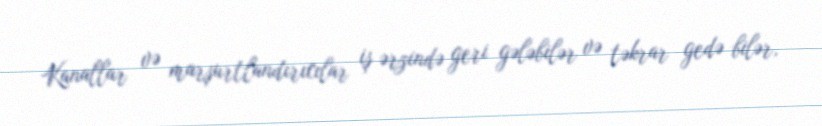
Kanallar və marşurtlandırıcılar iş ərzində geri gələbilər və təkrar gedə bilər,